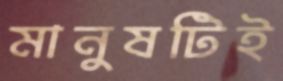
মানুষটিই